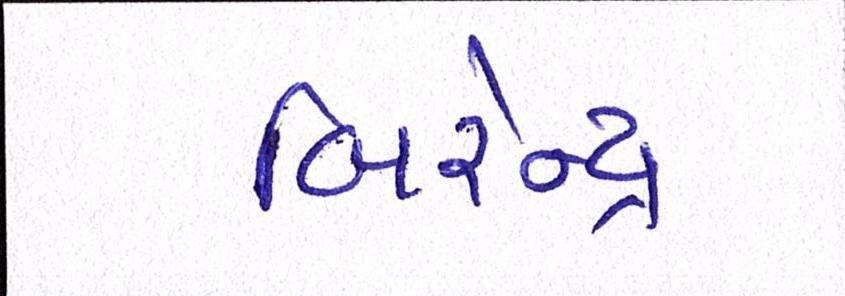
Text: બિરેન્દ્ર